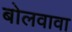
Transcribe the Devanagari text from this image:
बोलवावा